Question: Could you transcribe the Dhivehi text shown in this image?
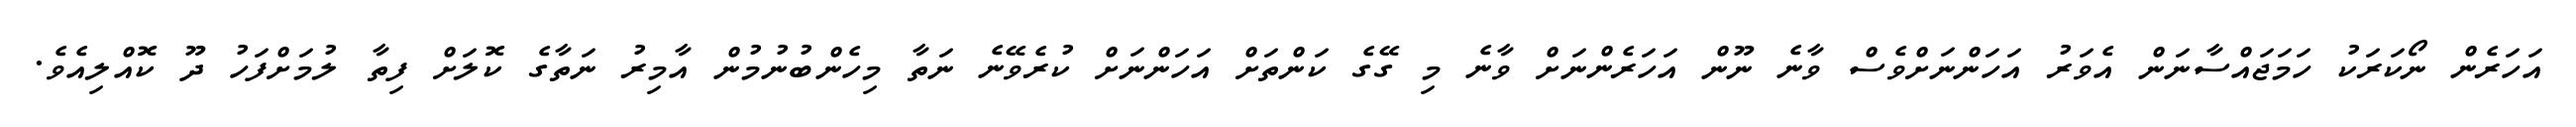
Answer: އަހަރެން ނޯކަރަކު ހަމަޖައްސާނަން އެވަރު އަހަންނަށްވެސް ވާނެ ނޫން އަހަރެންނަށް ވާނެ މި ގޭގެ ކަންތަށް އަހަންނަށް ކުރެވޭނެ ނަތާ މިހެންބުނުމުން އާމިރު ނަތާގެ ކޮލަށް ފިތާ ލުމަށްފަހު ދޫ ކޮއްލިއެވެ.